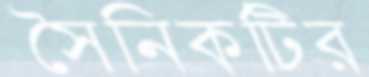
সৈনিকটির